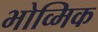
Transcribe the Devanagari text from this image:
भोव्मिक